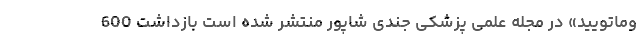
وماتویید» در مجله علمی پزشکی جندی شاپور منتشر شده است بازداشت 600